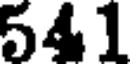
541